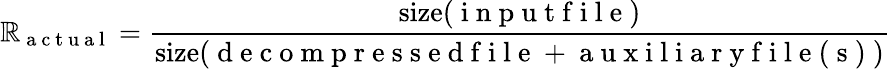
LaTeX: \mathbb{R}_{\mathrm{{~a~c~t~u~a~l~}}}=\frac{{\mathrm{{size}}(\mathrm{{~i~n~p~u~t~f~i~l~e~}})}}{{\mathrm{{size}}(\mathrm{{~d~e~c~o~m~p~r~e~s~s~e~d~f~i~l~e~}}+\mathrm{{~a~u~x~i~l~i~a~r~y~f~i~l~e~(~s~)~}})}}